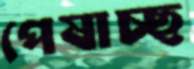
পেষাচ্ছ